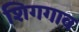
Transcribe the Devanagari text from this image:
शिगगाव